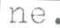
ne.